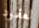
لعقود